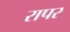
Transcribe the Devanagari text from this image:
रापर